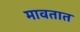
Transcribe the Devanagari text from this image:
मावतात